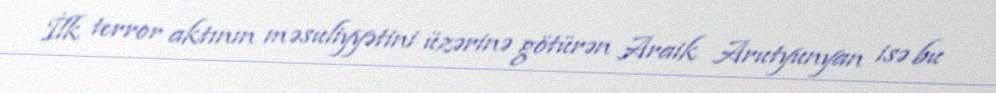
İlk terror aktının məsuliyyətini üzərinə götürən Araik Arutyunyan isə bu